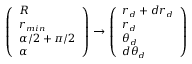
\small { \left( \begin{array} { l } { R } \\ { r _ { m i n } } \\ { \alpha / 2 + \pi / 2 } \\ { \alpha } \end{array} \right) \to \left( \begin{array} { l } { r _ { d } + d r _ { d } } \\ { r _ { d } } \\ { \theta _ { d } } \\ { d \theta _ { d } } \end{array} \right) }